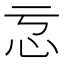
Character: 𭜋